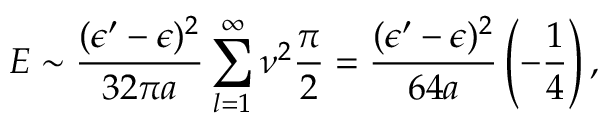
E \sim { \frac { ( \epsilon ^ { \prime } - \epsilon ) ^ { 2 } } { 3 2 \pi a } } \sum _ { l = 1 } ^ { \infty } \nu ^ { 2 } { \frac { \pi } { 2 } } = { \frac { ( \epsilon ^ { \prime } - \epsilon ) ^ { 2 } } { 6 4 a } } \left( - { \frac { 1 } { 4 } } \right) ,